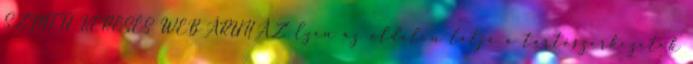
SZINTŰ KERESÉS WEBÁRUHÁZ Ezen az oldalon látja a tartószerkezetek